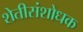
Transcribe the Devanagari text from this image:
शेतीसंशोधक